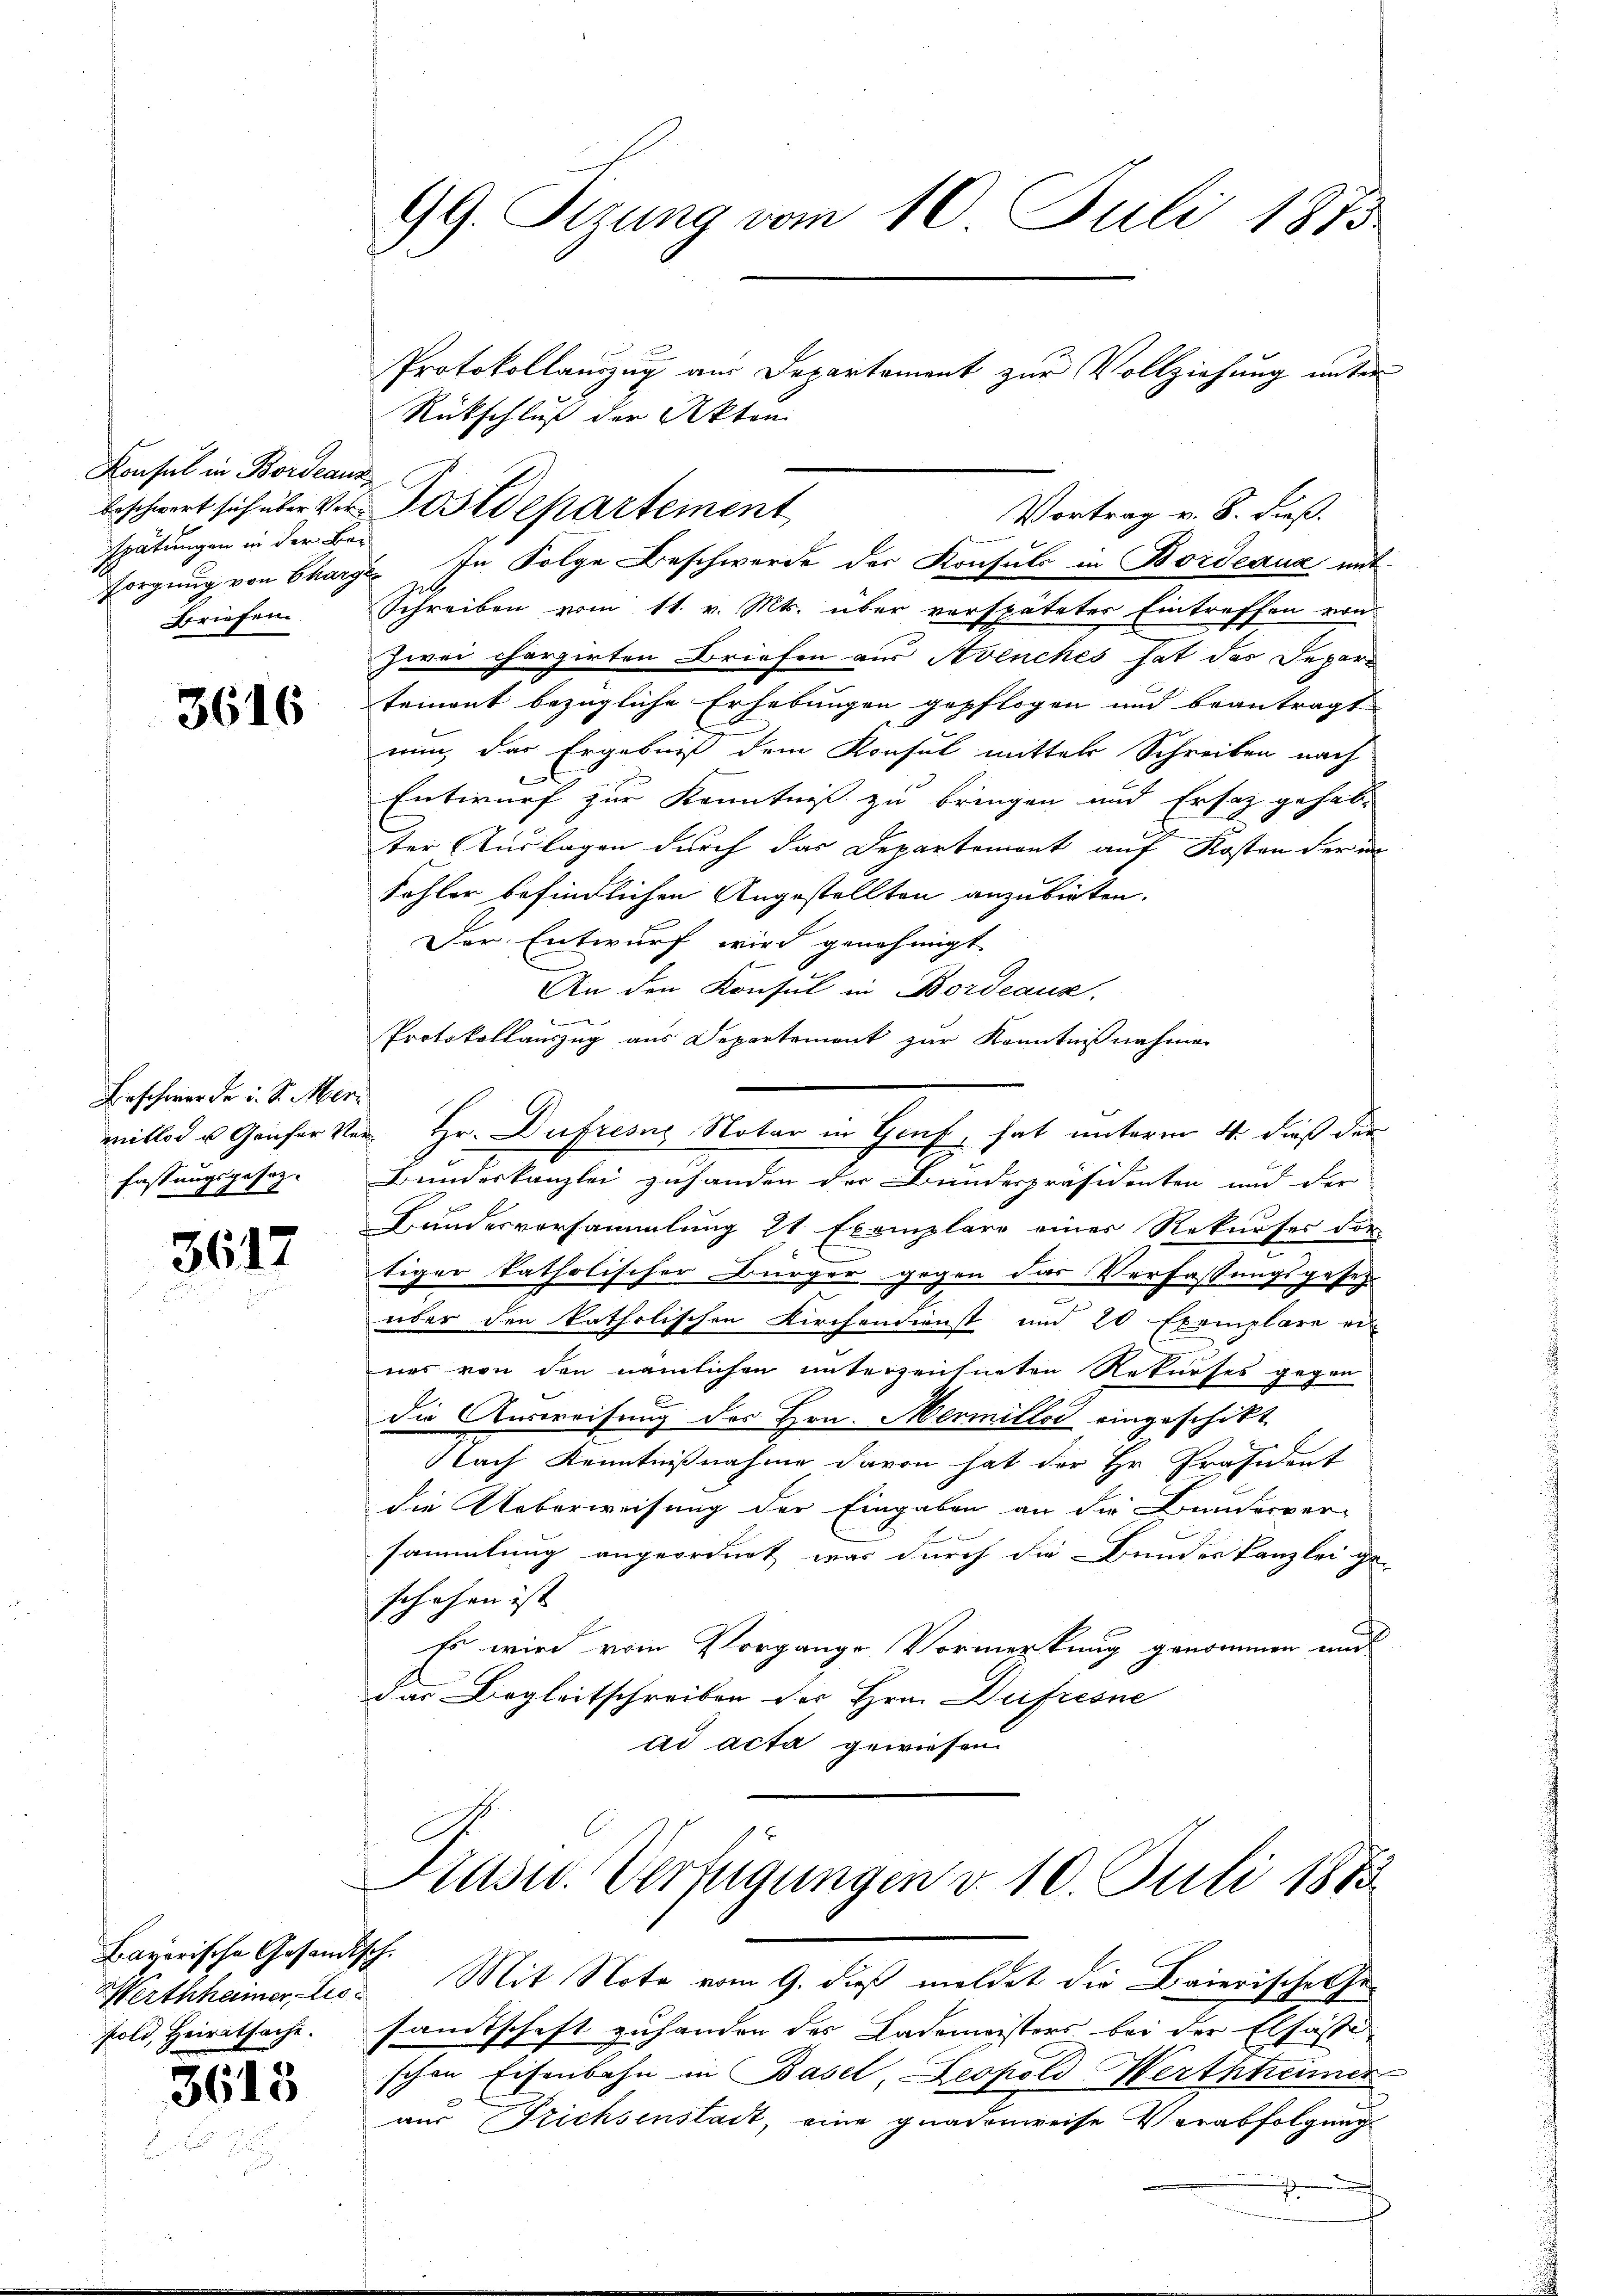
Konsul in Bordeaus
pätungen in der Be-
Briefen.

3616

Beschwerde u. S. Merz
fassungsgesez.

3617

hayorische Gesandtsch.
fold, Heiratsache.

3613

99. Sizung vom 10. Juli 1875

e
Protokollauszug aus Departement zur Vollziehung unter
Rückschluß der Akten
beschwert sich über der Postdepartement
sorgung von Charge In Folge Beschwerde der Konsuls in Bordeaux mit
Schreiben vom 11. v. Mts. über verspätetes Eintreffen von
zwei charzirten Briefen aus Avenches hat das Departeinant bezügliche Erhebungen gepflogen und beantragt
nun, das Ergebniß dem Konsul mittel Schreiben nach
Entwurf zur Kenntniß zu bringen und Ersatz gehabter Auslagen durch das Departemont auf Kosten der in
Fohler befindlichen Angestellten anzubieten.
Der Entwurf wird genehmigt.
An den Konsul in Bordeaus.
Protokollauszug aus Departement zŭr Kenntniβnahme
mitlos u Genfer Ver- Hr. Dufresig Notar in Genf, hat unterm 4. dieß der
Bundeskanzlei zuhanden der Bundespräsidenten und der
Bundesversammlung 21 Exemplare einer Rekurses der
tiger katholischer Bürger gegen das Verfassungsgesez
über den katholischen Kirchendienst und 20 Exemplare ei
ner von den nämlichen unterzeichneten Rekurses gegen
die Ausweisung des Hrn. Mermilli eingeschikt
Nach Kenntnißnahme davon hat der Hr. Präsident
die Ueberweisung der Eingaben an die Bunderver-
sammlung angeordnet, was durch die Bundeskanzlei ge-
schehen ist
Es wird vom Vorgange Vormerkung genommen mus
das Begleitschreiben der Hrn. Defresne
ad acta gewiesen

Vortrag v. 8. dieß.

Prasw. Verfügungen d. 10. Juli 1883.

Werthheimer Lies Mit Note vom 9. dieß meldet die Baierische Gesamtschaft zuhanden des Kademeisters bei der Elsasse
schon Eisenbahn in Basel, Leopold Werthtiemer
aus Trichsenstadt, eine gnadenweise Verabfolgung